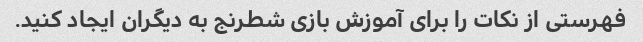
فهرستی از نکات را برای آموزش بازی شطرنج به دیگران ایجاد کنید.